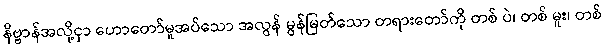
နိဗ္ဗာန်အလို့ငှာ ဟောတော်မူအပ်သော အလွန် မွန်မြတ်သော တရားတော်ကို တစ် ပဲ၊ တစ် မူး၊ တစ်